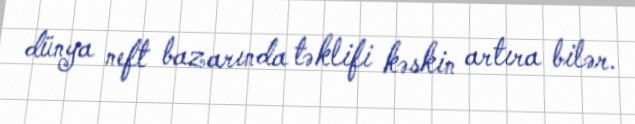
dünya neft bazarında təklifi kəskin artıra bilər.